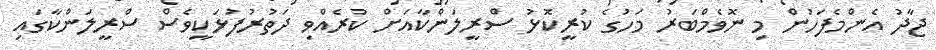
ޖާދު އެންމެފަހުން މި ނޮވެމްބަރު މަހުގެ ކުރީކޮޅު ސްރީލަންކާއަށް ކުރެއްވި ދަތުރުފުޅަކީވެސް ސްރީލަންކާގައި